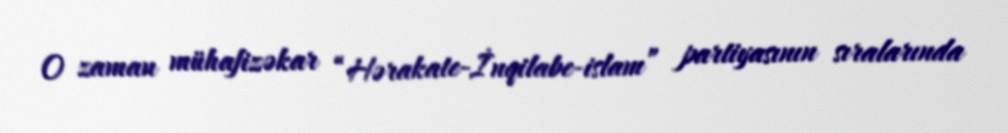
O zaman mühafizəkar “Hərakate-İnqilabe-islam” partiyasının sıralarında